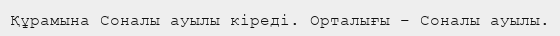
Құрамына Соналы ауылы кіреді. Орталығы – Соналы ауылы.